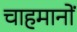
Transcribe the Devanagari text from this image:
चाहमानों